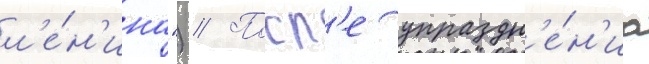
л'е́н'ина") // Посл'е упраздн'е́н'иа